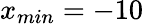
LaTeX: x_{min}=-10